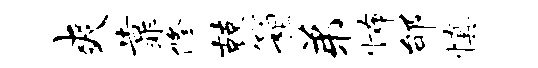
爽靠修兢箱弟怖邰慎